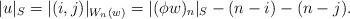
LaTeX: \begin{align*}\lvert u\rvert_S=\lvert (i,j)\rvert_{W_n(w)}=\lvert(\phi w)_n\rvert_S-(n-i)-(n-j).\end{align*}